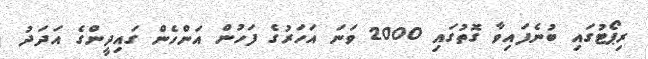
ރިޕޯޓުގައި ބުނެފައިވާ ގޮތުގައި 2000 ވަނަ އަހަރުގެ ފަހުން އަންހެން ގައިދީންގެ އަދަދު